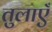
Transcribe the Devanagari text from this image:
तुलाएँ